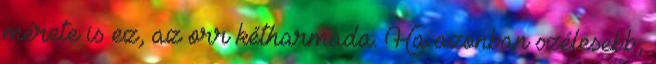
mérete is ez, az orr kétharmada. Ha azonban szélesebb,